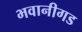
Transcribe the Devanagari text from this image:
भवानीगड